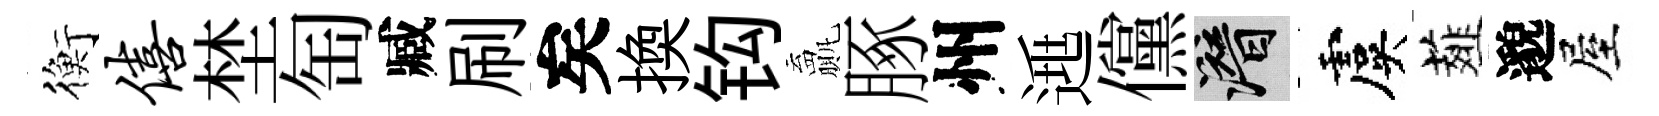
衡僖埜匋臧刷矣換钩贏䐁州𨓱儻潜虞薤邈屋